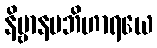
နိဗ္ဗာနမဘိဟာရယေ